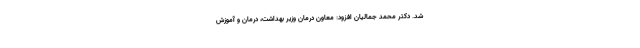
شد. دکتر محمد جمالیان افزود: معاون درمان وزیر بهداشت، درمان و آموزش